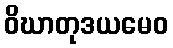
ဝိဃာတုဒယမေဝ